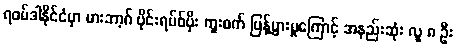
ရဝမ်ဒါနိုင်ငံမှာ မားဘာ့ဂ် ဗိုင်းရပ်စ်ပိုး ကူးစက် ပြန့်ပွားမှုကြောင့် အနည်းဆုံး လူ ၈ ဦး